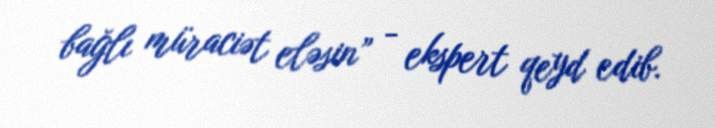
bağlı müraciət eləsin” - ekspert qeyd edib.